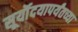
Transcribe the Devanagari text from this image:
सूर्यॊदयापर्यंतच्या